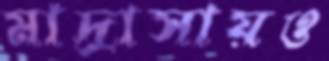
মাদ্রাসায়ও